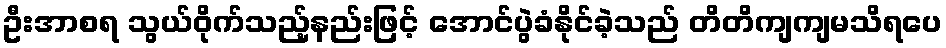
ဦးအာစရ သွယ်ဝိုက်သည့်နည်းဖြင့် အောင်ပွဲခံနိုင်ခဲ့သည် တိတိကျကျမသိရပေ